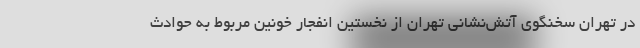
در تهران سخنگوی آتش‌نشانی تهران از نخستین انفجار خونین مربوط به حوادث